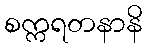
စက္ကရတနာနိ